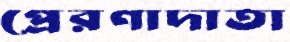
প্রেরণাদাতা